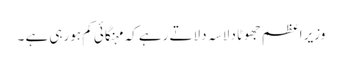
وزیر اعظم جھوٹا دلاسہ دلاتے رہے کہ مہنگائی کم ہورہی ہے ۔